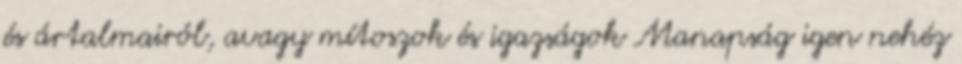
és ártalmairól, avagy mítoszok és igazságok Manapság igen nehéz